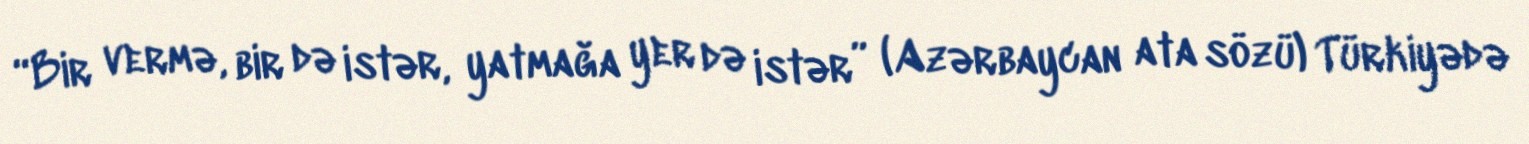
“Bir vermə, bir də istər, yatmağa yer də istər” (Azərbaycan ata sözü) Türkiyədə